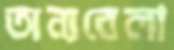
অন্যবেলা